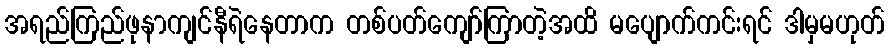
အရည်ကြည်ဖုနာကျင်နီရဲနေတာက တစ်ပတ်ကျော်ကြာတဲ့အထိ မပျောက်ကင်းရင် ဒါမှမဟုတ်